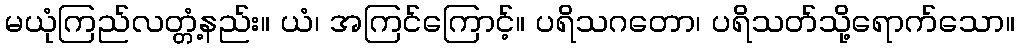
မယုံကြည်လတ္တံ့နည်း။ ယံ၊ အကြင်ကြောင့်။ ပရိသဂတော၊ ပရိသတ်သို့ရောက်သော။